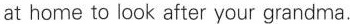
at home to look after your grandma.